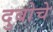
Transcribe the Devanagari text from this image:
दुबोचे